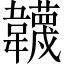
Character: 韤